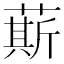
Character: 䔮